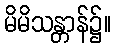
မိမိသန္တာန်၌။